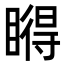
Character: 𥊤